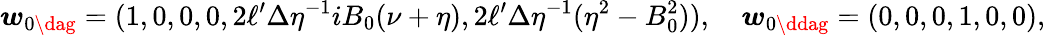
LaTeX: \boldsymbol{w}_{0\dag}=(1,0,0,0,2\ell^{\prime}\Delta\eta^{-1}iB_{0}(\nu+\eta),2\ell^{\prime}\Delta\eta^{-1}(\eta^{2}-B_{0}^{2})),\quad\boldsymbol{w}_{0\ddag}=(0,0,0,1,0,0),